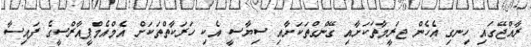
ރާއްޖޭގައި ހިނގި އެހެން ޖަރީމާތަކަށާއި ގޭންގްތަކަށާއި ސިޔާސީ އެކި ހަރަކާތްތަކަށް އެމްއެމްޕީއާރްސީގެ ފައިސާ